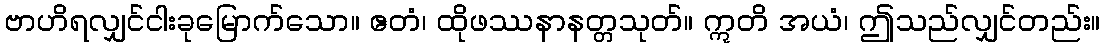
ဗာဟိရလျှင်ငါးခုမြောက်သော။ ဧတံ၊ ထိုဖဿနာနတ္တသုတ်။ ဣတိ အယံ၊ ဤသည်လျှင်တည်း။